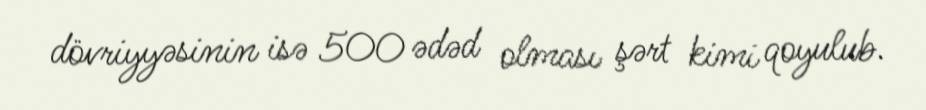
dövriyyəsinin isə 500 ədəd olması şərt kimi qoyulub.